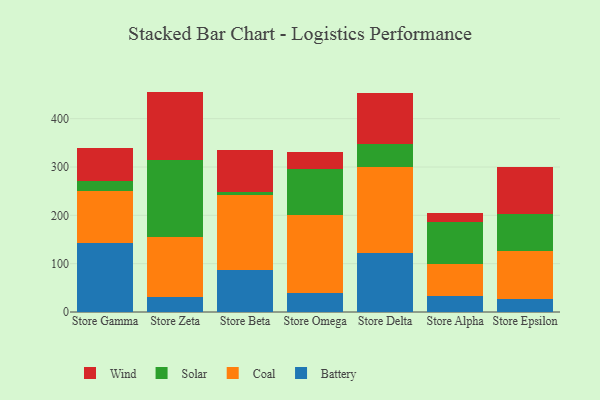
{"axis": {"x": "Store", "y": "Page Views"}, "legend": ["Battery", "Coal", "Solar", "Wind"], "data": [{"x": "Store Gamma", "y": 142.3, "type": "Battery"}, {"x": "Store Gamma", "y": 108.2, "type": "Coal"}, {"x": "Store Gamma", "y": 20.5, "type": "Solar"}, {"x": "Store Gamma", "y": 67.6, "type": "Wind"}, {"x": "Store Zeta", "y": 30.6, "type": "Battery"}, {"x": "Store Zeta", "y": 124.0, "type": "Coal"}, {"x": "Store Zeta", "y": 160.5, "type": "Solar"}, {"x": "Store Zeta", "y": 140.9, "type": "Wind"}, {"x": "Store Beta", "y": 86.8, "type": "Battery"}, {"x": "Store Beta", "y": 154.4, "type": "Coal"}, {"x": "Store Beta", "y": 8.1, "type": "Solar"}, {"x": "Store Beta", "y": 85.0, "type": "Wind"}, {"x": "Store Omega", "y": 39.2, "type": "Battery"}, {"x": "Store Omega", "y": 160.8, "type": "Coal"}, {"x": "Store Omega", "y": 96.2, "type": "Solar"}, {"x": "Store Omega", "y": 34.4, "type": "Wind"}, {"x": "Store Delta", "y": 121.7, "type": "Battery"}, {"x": "Store Delta", "y": 177.5, "type": "Coal"}, {"x": "Store Delta", "y": 47.4, "type": "Solar"}, {"x": "Store Delta", "y": 105.5, "type": "Wind"}, {"x": "Store Alpha", "y": 32.1, "type": "Battery"}, {"x": "Store Alpha", "y": 67.6, "type": "Coal"}, {"x": "Store Alpha", "y": 86.1, "type": "Solar"}, {"x": "Store Alpha", "y": 19.7, "type": "Wind"}, {"x": "Store Epsilon", "y": 27.1, "type": "Battery"}, {"x": "Store Epsilon", "y": 98.6, "type": "Coal"}, {"x": "Store Epsilon", "y": 77.1, "type": "Solar"}, {"x": "Store Epsilon", "y": 98.1, "type": "Wind"}]}